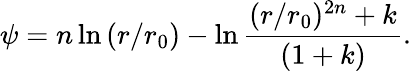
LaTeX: \psi=n\ln{(r/r_{0})}-\ln{\frac{(r/r_{0})^{2n}+k}{(1+k)}}.